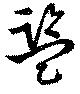
監